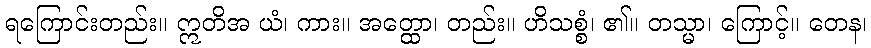
ရကြောင်းတည်း။ ဣတိအ ယံ၊ ကား။ အတ္ထော၊ တည်း။ ဟိသစ္စံ၊ ၏။ တသ္မာ၊ ကြောင့်။ တေန၊